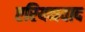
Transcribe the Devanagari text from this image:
एरियनवाद